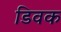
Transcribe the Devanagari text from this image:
डिवक